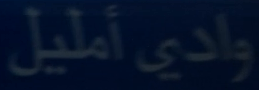
واديًأمليل